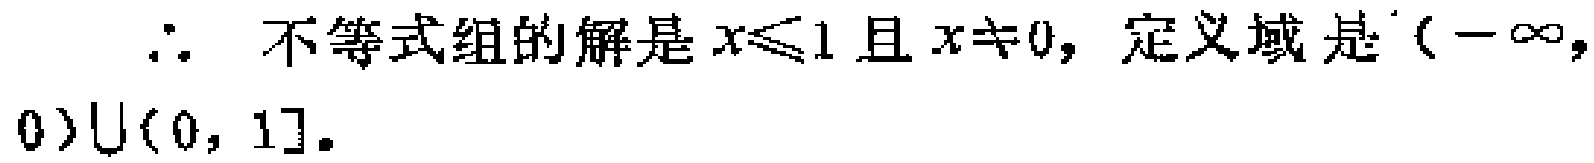
\(\therefore\) 不等式组的解是 \(x\leqslant1\) 且 \(x\neq0\)，定义域是 \((-\infty,0)\cup(0,1]\)。